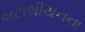
બટાલીયનના